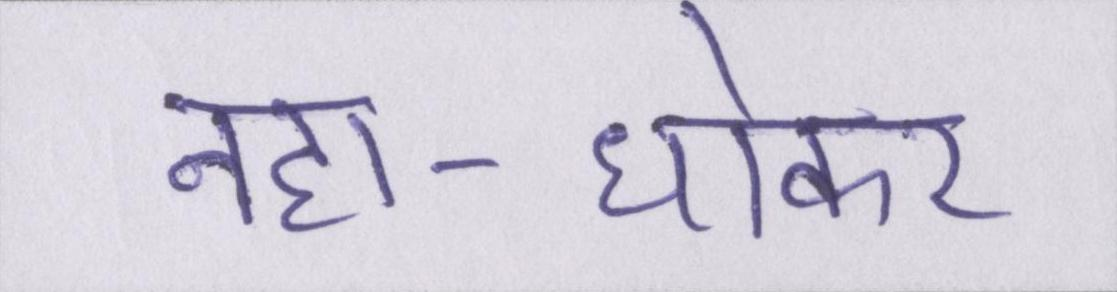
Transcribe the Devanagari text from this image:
नहा-धोकर